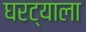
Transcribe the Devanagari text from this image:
घरट्याला